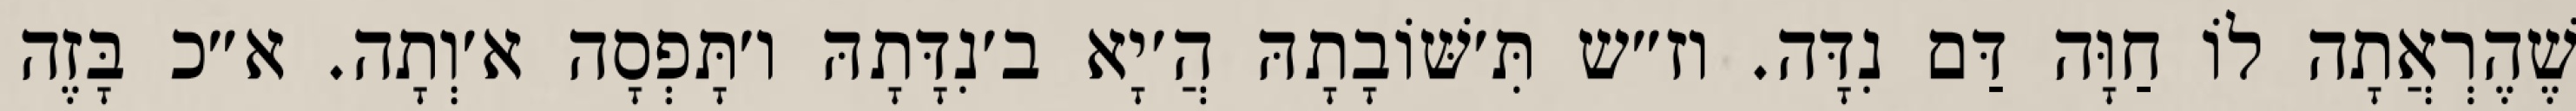
שֶׁהֶרְאֲתָה לוֹ חַוָּה דַּם נִדָּה. וז״ש תִּ׳שּׁוֹבָתָהּ הֲ׳יָא ב׳נִדָּתָהּ ו׳תָּפְסָה א׳וְתָה. א״כ בָּזֶה